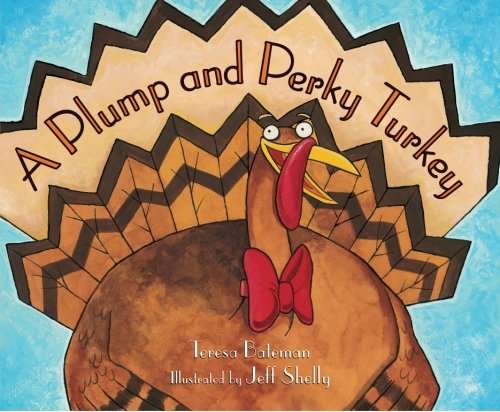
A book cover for A Plump And Perky Turkey; Teresa Bateman; Children's Books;